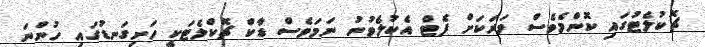
ޗޮކުލެޓުގައި ކޮންމެވެސް ވަރަކަށް ފެޓް އެކުލެވުނު ނަމަވެސް ޑާކް ޗޮކްލެޓަކީ ހަށިގަނޑުގައި ހުންނަ